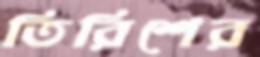
তিরিশের